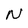
Character: N